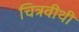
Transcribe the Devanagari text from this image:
चित्रवीथी